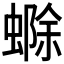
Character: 𮔲